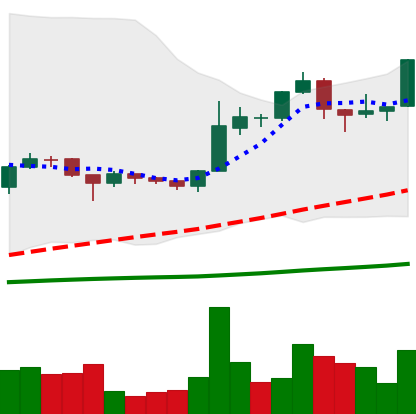
Ticker: BTC-USD
Chart end date: 2015-12-05
Forward return: 6.821%
Label: up_5_7